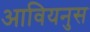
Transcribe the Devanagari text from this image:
आवियनुस